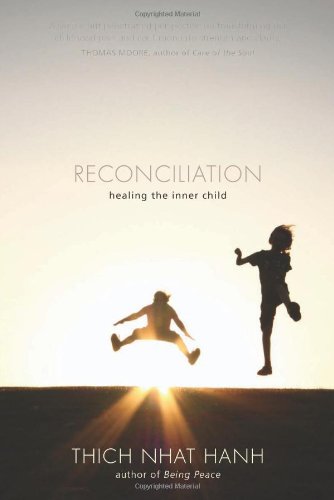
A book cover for Reconciliation: Healing the Inner Child; Thich Nhat Hanh; Self-Help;